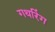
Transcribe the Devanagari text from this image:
गथरिंग